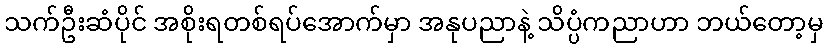
သက်ဦးဆံပိုင် အစိုးရတစ်ရပ်အောက်မှာ အနုပညာနဲ့ သိပ္ပံကညာဟာ ဘယ်တော့မှ